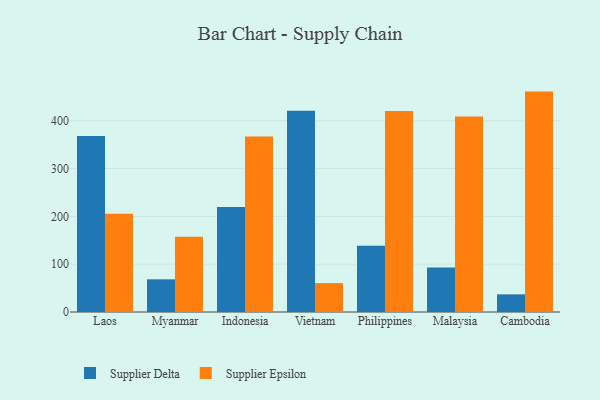
{"axis": {"x": "Country", "y": "Inventory Turnover"}, "legend": ["Supplier Delta", "Supplier Epsilon"], "data": [{"x": "Laos", "y": 368.1, "type": "Supplier Delta"}, {"x": "Laos", "y": 205.5, "type": "Supplier Epsilon"}, {"x": "Myanmar", "y": 68.3, "type": "Supplier Delta"}, {"x": "Myanmar", "y": 157.3, "type": "Supplier Epsilon"}, {"x": "Indonesia", "y": 219.5, "type": "Supplier Delta"}, {"x": "Indonesia", "y": 367.2, "type": "Supplier Epsilon"}, {"x": "Vietnam", "y": 421.1, "type": "Supplier Delta"}, {"x": "Vietnam", "y": 60.5, "type": "Supplier Epsilon"}, {"x": "Philippines", "y": 138.8, "type": "Supplier Delta"}, {"x": "Philippines", "y": 420.3, "type": "Supplier Epsilon"}, {"x": "Malaysia", "y": 92.8, "type": "Supplier Delta"}, {"x": "Malaysia", "y": 408.8, "type": "Supplier Epsilon"}, {"x": "Cambodia", "y": 36.9, "type": "Supplier Delta"}, {"x": "Cambodia", "y": 460.9, "type": "Supplier Epsilon"}]}